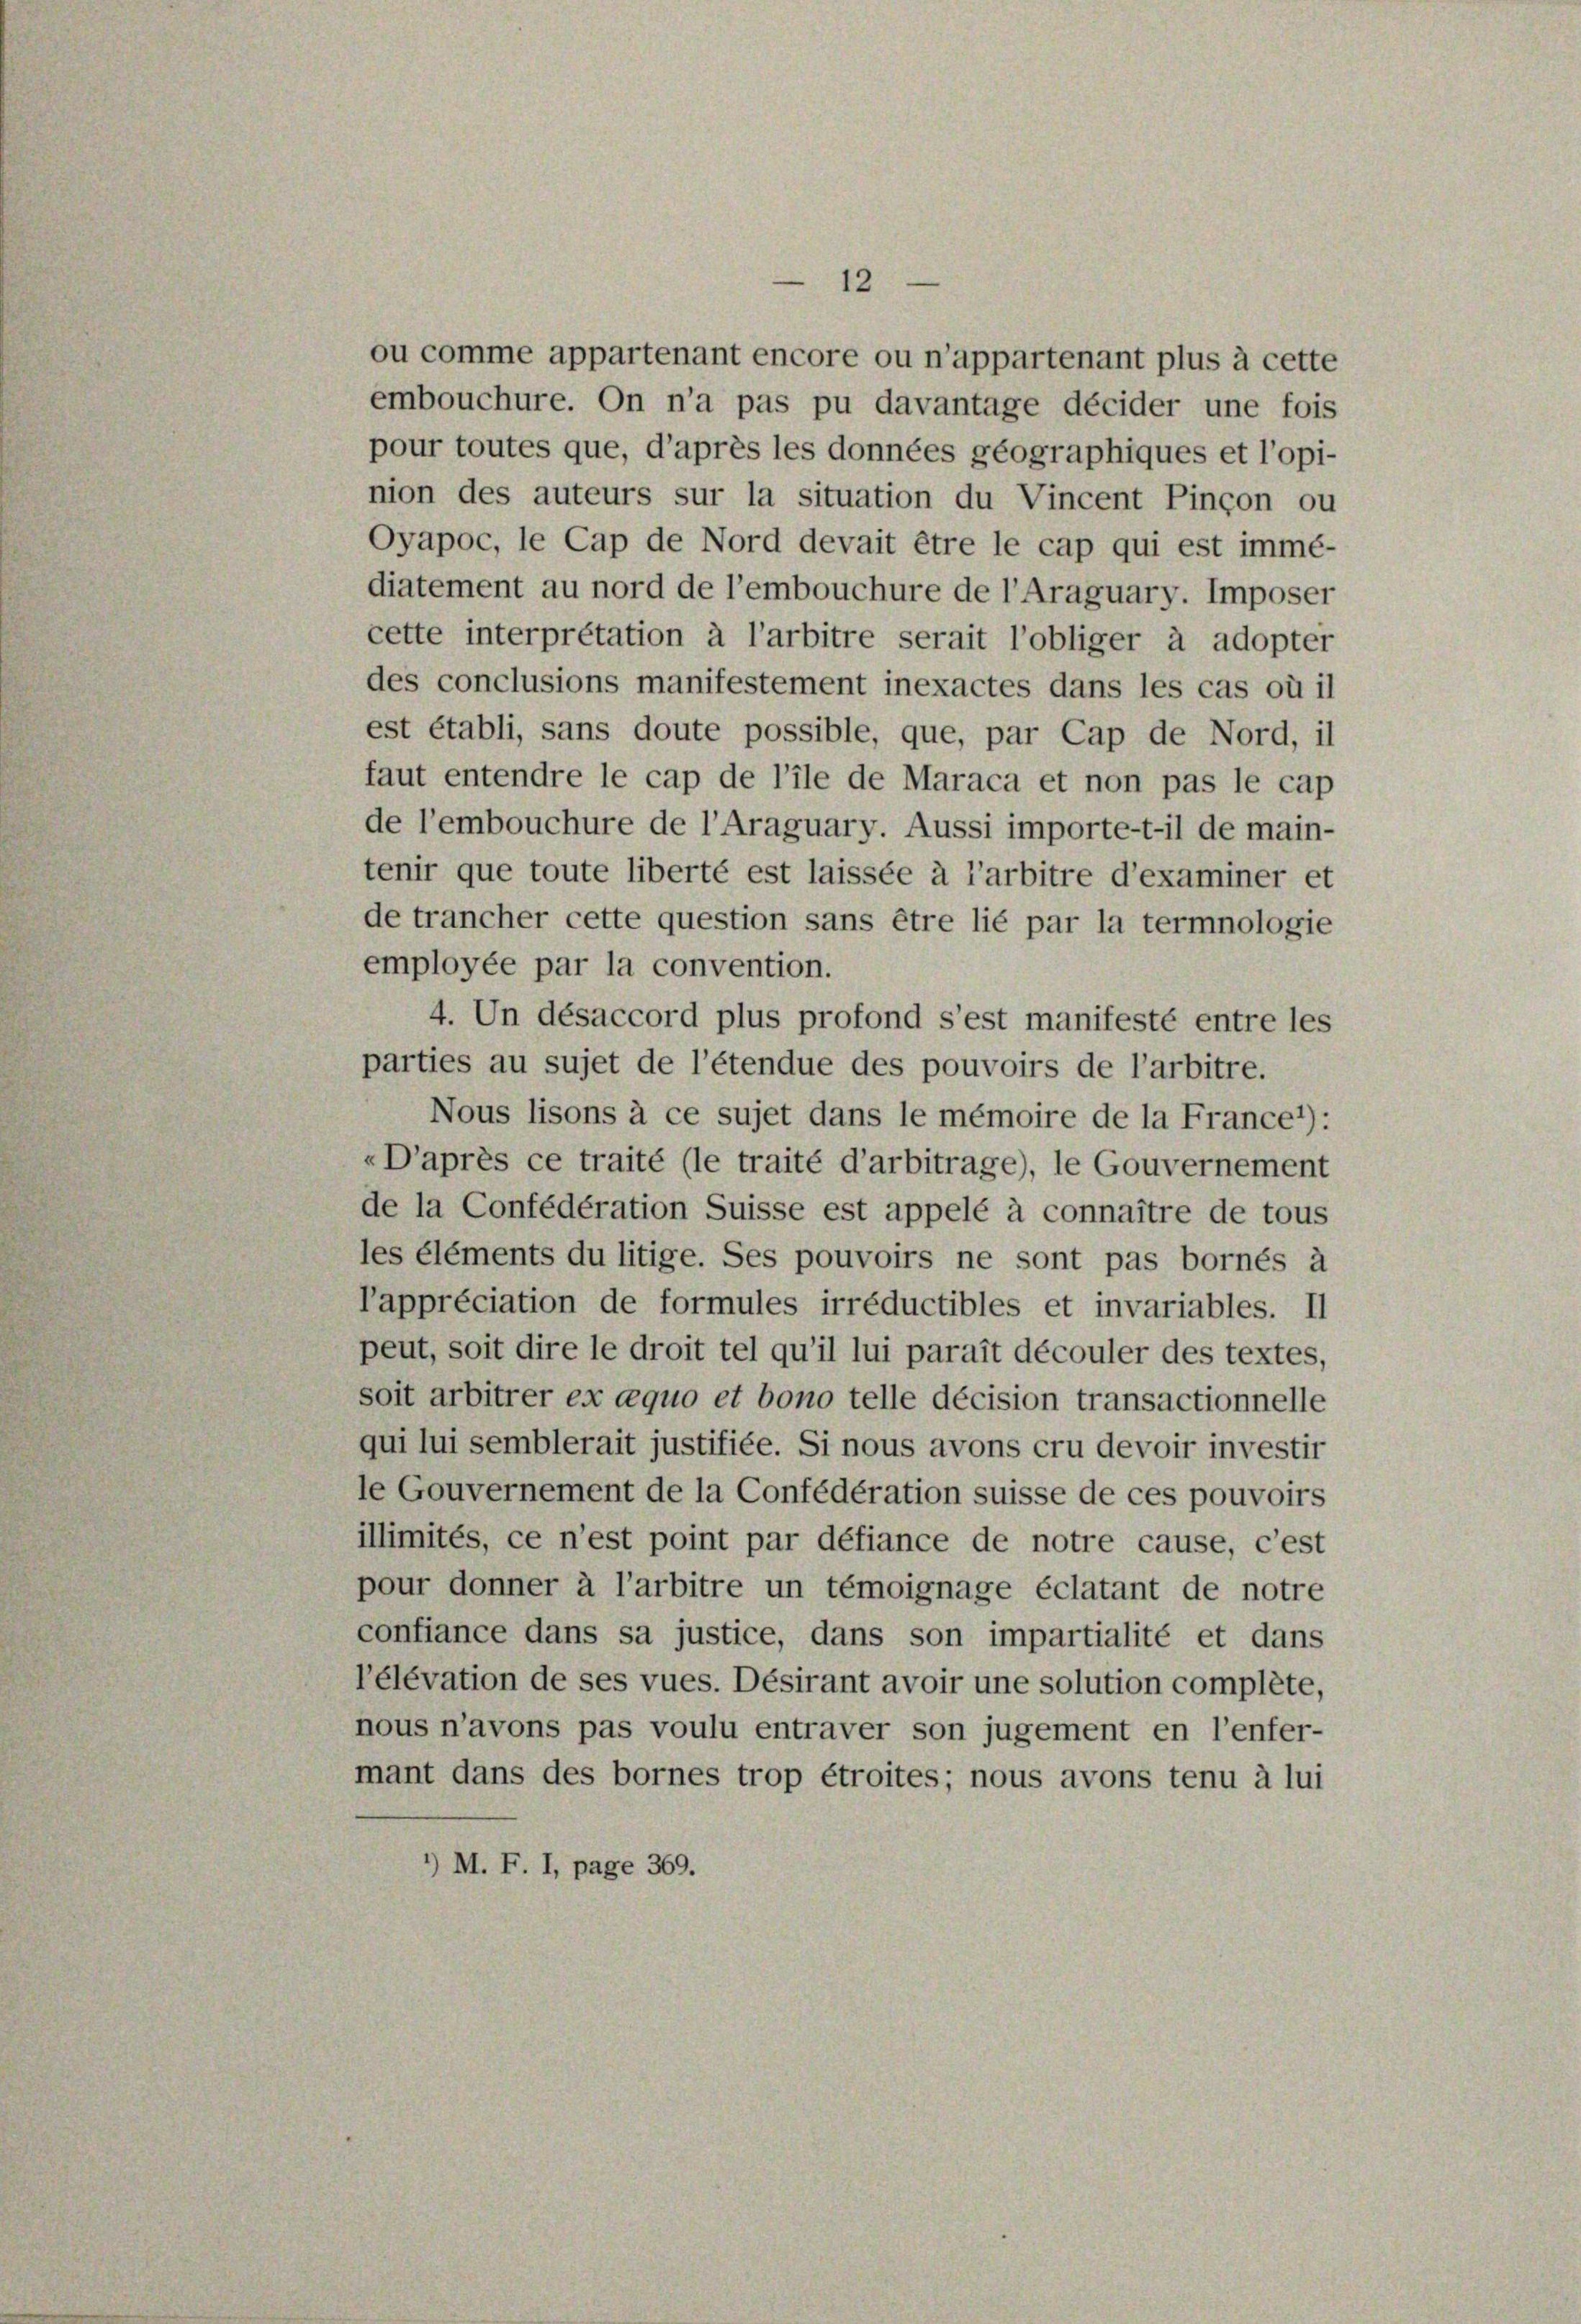
—
12
ou comme appartenant encore ou n’appartenant plus à cette
embouchure. On n’a pas pu davantage décider une fois
pour toutes que, d’après les données géographiques et l’opi-
nion des auteurs sur la situation du Vincent Pinçon ou
Oyapoc, le Cap de Nord devait être le cap qui est immé-
diatement au nord de l’embouchure de l’Araguary. Imposer
cette interpretation à l’arbitre serait l’obliger à adopter
des conclusions manifestement inexactes dans les cas où il
est établi, sans doute possible, que, par Cap de Nord, il
faut entendre le cap de l’ile de Maraca et non pas le cap
de l’embouchure de l’Araguary. Aussi importe-t-il de main-
tenir que toute liberté est laissée à l’arbitre d’examiner et
de trancher cette question sans être lié par la termnologie
employée par la convention.
4. Un désaccord plus profond s’est manifesté entre les
parties au sujet de l’étendue des pouvoirs de l’arbitre.
Nous lisons à ce sujet dans le mémoire de la France1):
«D’après ce traité (le traité d’arbitrage), le Gouvernement
de la Confédération Suisse est appelé à connaître de tous
les éléments du litige. Ses pouvoirs ne sont pas bornés à
Tappréciation de formules irréductibles et invariables. II
peut, soit dire le droit tel qu’il lui parait découler des textes,
soit arbitrer ex cequo et bono telle décision transactionnelle
qui lui semblerait justifiée. Si nous avons cru devoir investir
le Gouvernement de la Confédération suisse de ces pouvoirs
illimités, ce n’est point par défiance de notre cause, c’est
pour donner à l’arbitre un témoignage éclatant de notre
confiance dans sa justice, dans son impartialité et dans
l’élévation de ses vues. Désirant avoir une solution complete,
nous n’avons pas voulu entraver son jugement en l’enfer-
mant dans des bornes trop étroites; nous avons tenu à lui
’) M. F. I, page 369.